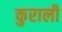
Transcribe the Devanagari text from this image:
कुराली